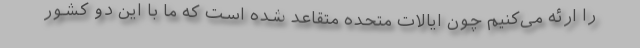
را ارئه می‌کنیم چون ایالات متحده متقاعد شده است که ما با این دو کشور